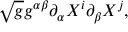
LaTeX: \sqrt { g } g ^ { \alpha \beta } \partial _ { \alpha } X ^ { i } \partial _ { \beta } X ^ { j } ,